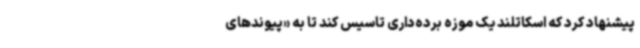
پیشنهاد کرد که اسکاتلند یک موزه برده‌داری تاسیس کند تا به «پیوندهای